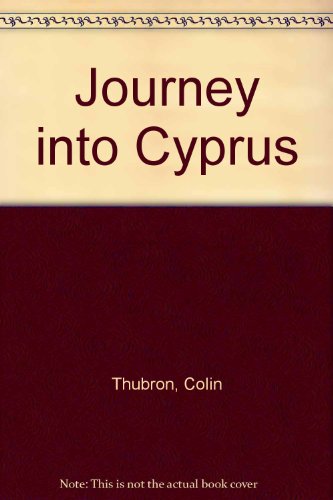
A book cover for Journey into Cyprus; Colin Thubron; Travel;